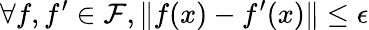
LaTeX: \forall f,f^{\prime}\in\mathcal{F},\| f(x)-f^{\prime}(x)\| \leq\epsilon